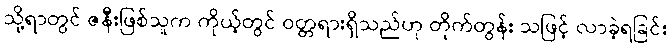
သို့ရာတွင် ဇနီးဖြစ်သူက ကိုယ့်တွင် ဝတ္တရားရှိသည်ဟု တိုက်တွန်း သဖြင့် လာခဲ့ရခြင်း